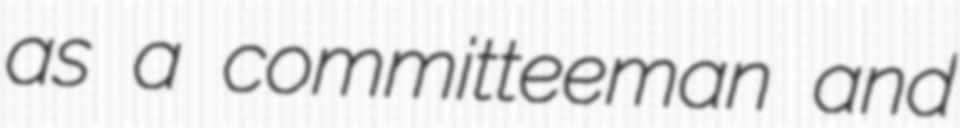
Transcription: as a committeeman and